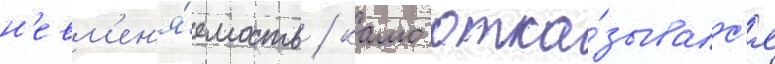
н'евм'ен'я́емость / камо отка́зывалс'я